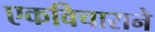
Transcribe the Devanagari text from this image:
एकविचाराने